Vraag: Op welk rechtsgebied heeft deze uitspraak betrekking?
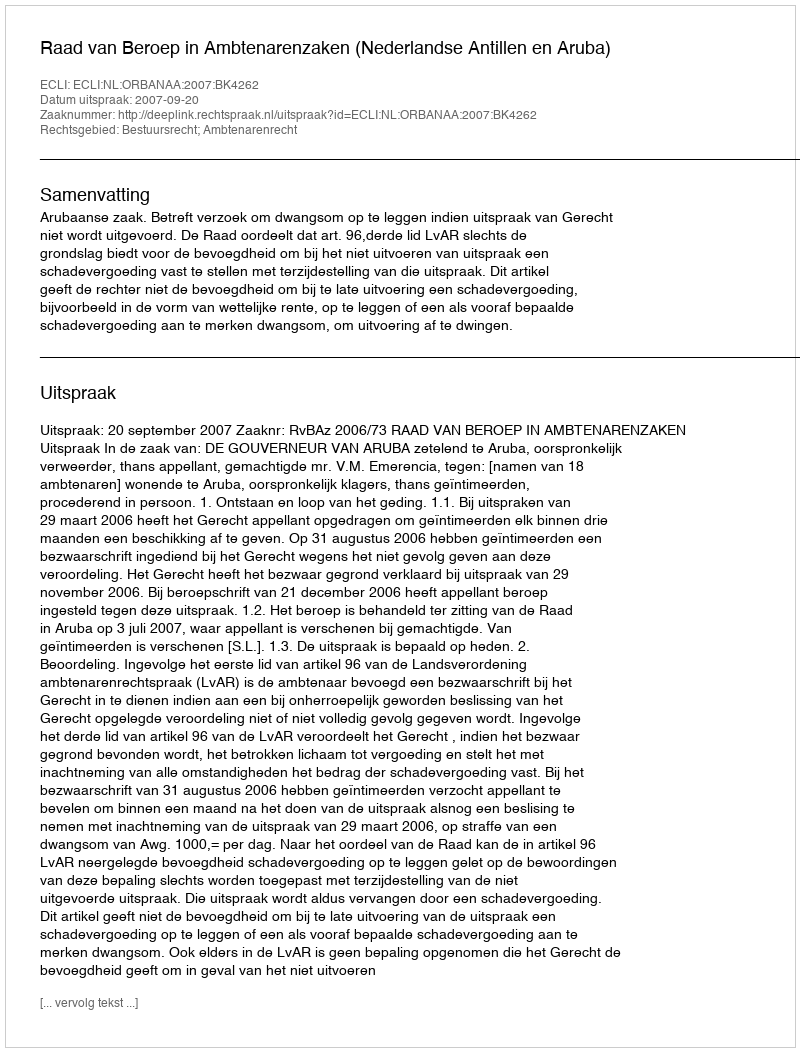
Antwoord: Bestuursrecht; Ambtenarenrecht